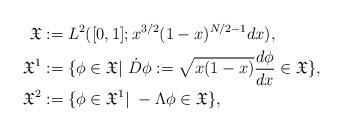
LaTeX: \begin{align*}\mathfrak{X}&:=L^2([0,1]; x^{3/2}(1-x)^{N/2-1}dx), \\\mathfrak{X}^1&:=\{\phi\in\mathfrak{X} |\ \dot{D}\phi:=\sqrt{x(1-x)}\frac{d\phi}{dx}\in\mathfrak{X}\}, \\\mathfrak{X}^2&:=\{\phi\in \mathfrak{X}^1 |\ -\Lambda\phi\in\mathfrak{X}\},\end{align*}